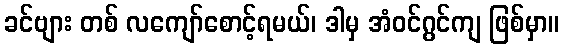
ခင်ဗျား တစ် လကျော်စောင့်ရမယ်၊ ဒါမှ အံဝင်ဂွင်ကျ ဖြစ်မှာ။